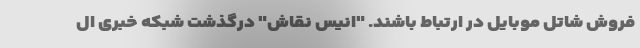
فروش شاتل موبایل در ارتباط باشند. "انیس نقاش" درگذشت شبکه خبری ال